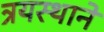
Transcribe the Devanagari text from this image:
त्रयस्थाने